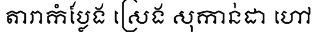
តារាកំប្លែង ស្រេង សុកាន់ដា ហៅ